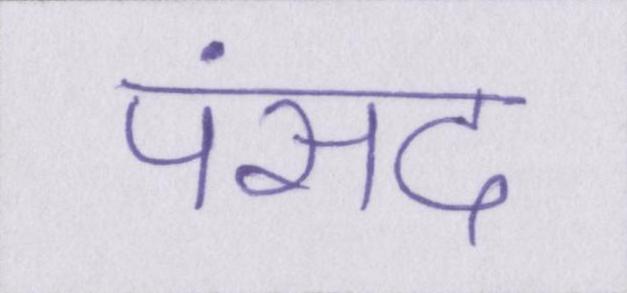
पंसद